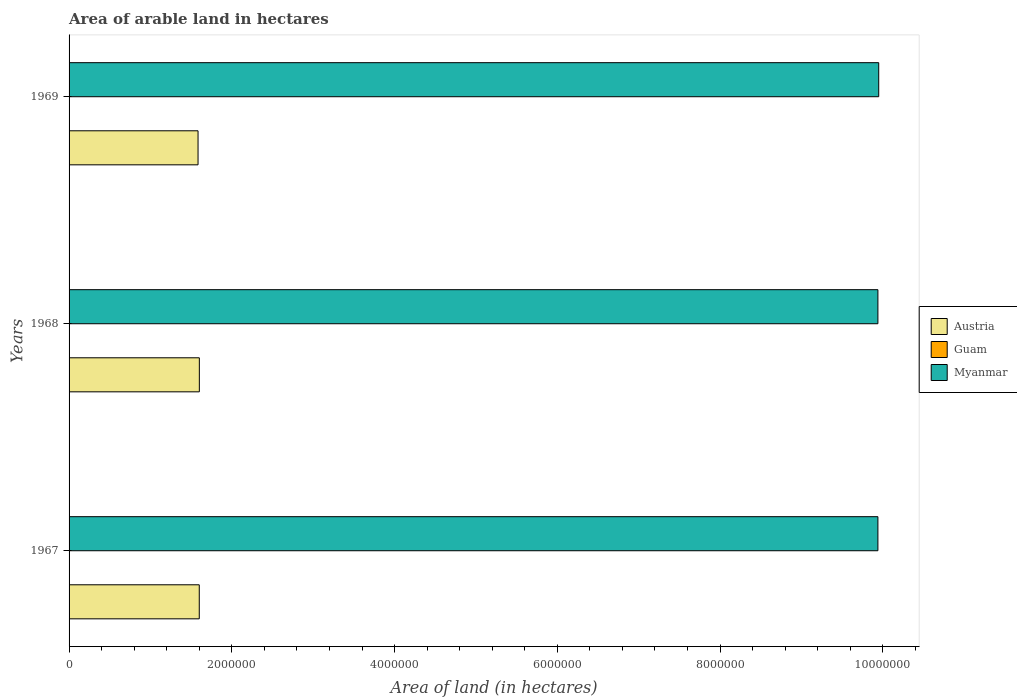
| Years | Austria | Guam | Myanmar |
 | --- | --- | --- | --- |
 | 1967 | 1.6e+06 | 2e+03 | 9.94e+06 |
 | 1968 | 1.6e+06 | 2e+03 | 9.94e+06 |
 | 1969 | 1.58e+06 | 2e+03 | 9.95e+06 |